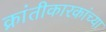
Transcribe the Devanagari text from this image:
क्रांतीकारकांच्या